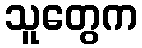
သူတွေက